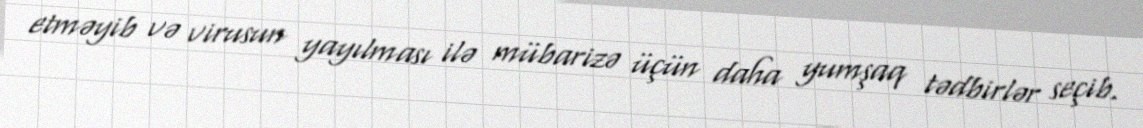
etməyib və virusun yayılması ilə mübarizə üçün daha yumşaq tədbirlər seçib.